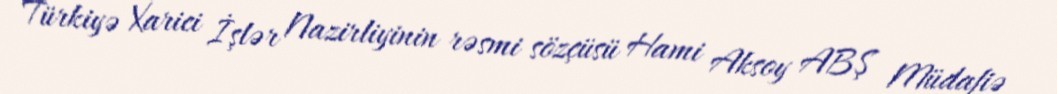
Türkiyə Xarici İşlər Nazirliyinin rəsmi sözçüsü Hami Aksoy ABŞ Müdafiə